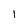
Character: 1